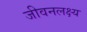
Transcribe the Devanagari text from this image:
जीवनलक्ष्य